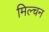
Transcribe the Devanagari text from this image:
मिल्चन